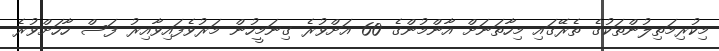
މިކުރިމަތިލުންތަކުގެ ތެރޭގައި މިހާތަނަށް އާންމުންގެ 60 އަށްވުރެ ގިނަމީހުން މަރުވެފައިވާއިރު ފަސް ހާހަށްވުރެ